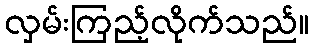
လှမ်းကြည့်လိုက်သည်။